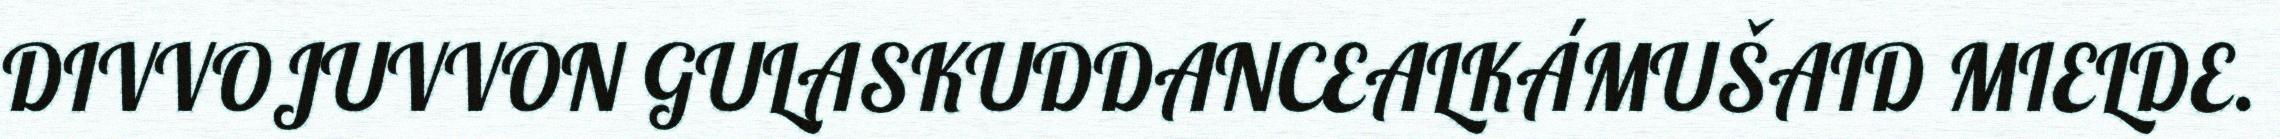
DIVVOJUVVON GULASKUDDANCEALKÁMUŠAID MIELDE.